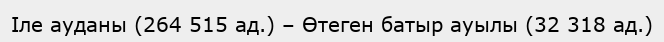
Іле ауданы (264 515 ад.) – Өтеген батыр ауылы (32 318 ад.)